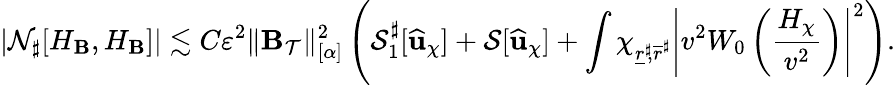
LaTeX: |\mathcal{N}_{\sharp}[H_{{\mathbf B}},H_{{\mathbf B}}]|\lesssim C\varepsilon^{2}\lVert\mathbf{B}_{\mathcal{T}}\rVert_{[\alpha]}^{2}\left({\mathcal{S}_{1}^{\sharp}}[\widehat{\mathbf{u}}_{\chi}]+\mathcal{S}[\widehat{\mathbf{u}}_{\chi}]+\int\chi_{\underline{{r}}^{\sharp}\! ,\overline{{r}}^{\sharp}}\left|v^{2}W_{0}\left(\frac{H_{\chi}}{v^{2}}\right)\right|^{2}\right).